Report on vaccination in Madras 1904-1921 - 1904-1921
Year: 1904
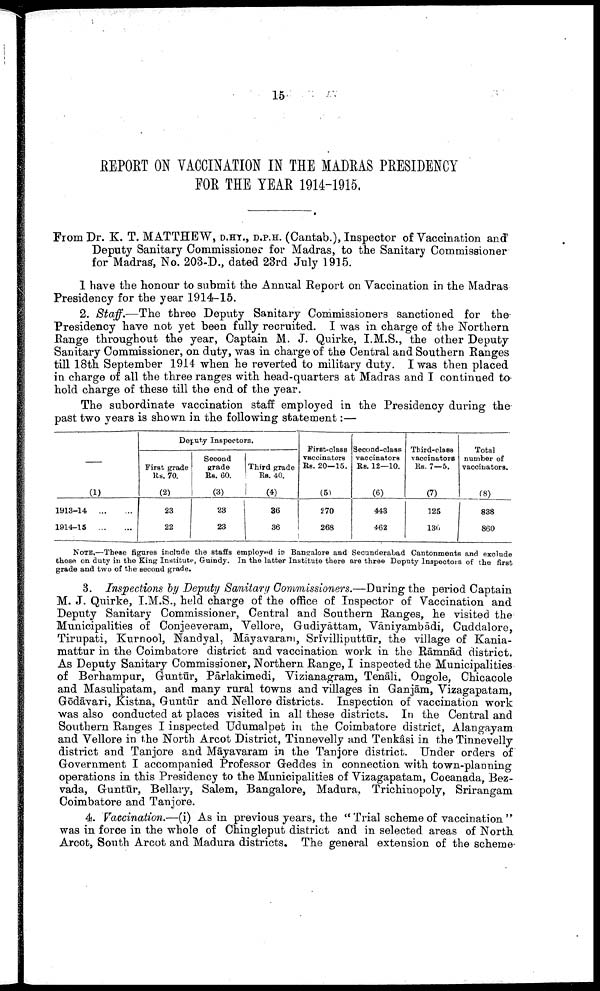
15
REPORT ON VACCINATION IN THE MADRAS PRESIDENCY
FOR THE YEAR 1914-1915.
From Dr. K. T. MATTHEW, D.HY., D.P.H. (Cantab.), Inspector of Vaccination and
Deputy Sanitary Commissioner for Madras, to the Sanitary Commissioner
for Madras, No. 203-D., dated 23rd July 1915.
I have the honour to submit the Annual Report on Vaccination in the Madras
Presidency for the year 1914-15.
2. Staff.—The three Deputy Sanitary Commissioners sanctioned for the
Presidency have not yet been fully recruited. I was in charge of the Northern
Range throughout the year, Captain M. J. Quirke, I.M.S., the other Deputy
Sanitary Commissioner, on duty, was in charge of the Central and Southern Ranges
till 18th September 1914 when he reverted to military duty. I was then placed
in charge of all the three ranges with head-quarters at Madras and I continued to
hold charge of these till the end of the year.
The subordinate vaccination staff employed in the Presidency during the
past two years is shown in the following statement:—
—
(1)
1913-14
...
1914-15
...
...
Deputy Inspectors.
First grade
Rs. 70.
(2)
23
22
Second
grade
Rs. 60.
(3)
23
23
Third grade
Rs. 40.
(4)
36
36
First-class
vaccinators
Rs. 20—15.
(5)
270
268
Second-class
vaccinators
Rs. 12—10.
(6)
443
462
Third-class
vaccinators
Rs. 7—5.
(7)
125
130
Total
number of
vaccinators.
(8)
838
860
NOTE.—These figures include the staffs employed in Bangalore and Secunderabad Cantonments and exclude
those on duty in the King Institute, Guindy. In the latter Institute there are three Deputy Inspectors of the first
grade and two of the second grade.
3. Inspections by Deputy Sanitary Commissioners.—During the period Captain
M. J. Quirke, I.M.S., held charge of the office of Inspector of Vaccination and
Deputy Sanitary Commissioner, Central and Southern Ranges, he visited the
Municipalities of Conjeeveram, Vellore, Gudiyāttam, Vāniyambādi, Cuddalore,
Tirupati, Kurnool, Nandyal, Māyavarani, Srīvilliputtūr, the village of Kania¬
mattur in the Coimbatore district and vaccination work in the Rāmnād district.
As Deputy Sanitary Commissioner, Northern Range, I inspected the Municipalities
of Berhampur, Guntūr, Pārlakimedi, Vizianagram, Tenāli. Ongole, Chicacole
and Masulipatam, and many rural towns and villages in Ganjām, Vizagapatam,
Gōdāvari, Kistna, Guntūr and Nellore districts. Inspection of vaccination work
was also conducted at places visited in all these districts. In the Central and
Southern Ranges I inspected Udumalpet in the Coimbatore district, Alangayam
and Vellore in the North Arcot District, Tinnevelly and Tenkâsi in the Tinnevelly
district and Tanjore and Māyavaram in the Tanjore district. Under orders of
Government I accompanied Professor Geddes in connection with town-planning
operations in this Presidency to the Municipalities of Vizagapatam, Cocanada, Bez¬
vada, Guntūr, Bellary, Salem, Bangalore, Madura, Trichinopoly, Srirangam
Coimbatore and Tanjore.
4. Vaccination.—(i) As in previous years, the "Trial scheme of vaccination"
was in force in the whole of Chingleput district and in selected areas of North
Arcot, South Arcot and Madura districts. The general extension of the scheme-